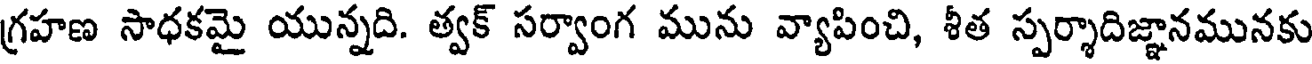
గ్రహణ సాధకమై యున్నది. త్వక్ సర్వాంగ మును వ్యాపించి, శీత స్పర్శాదిజ్ఞానమునకు